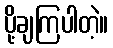
ပို့ချကြပါတဲ့။